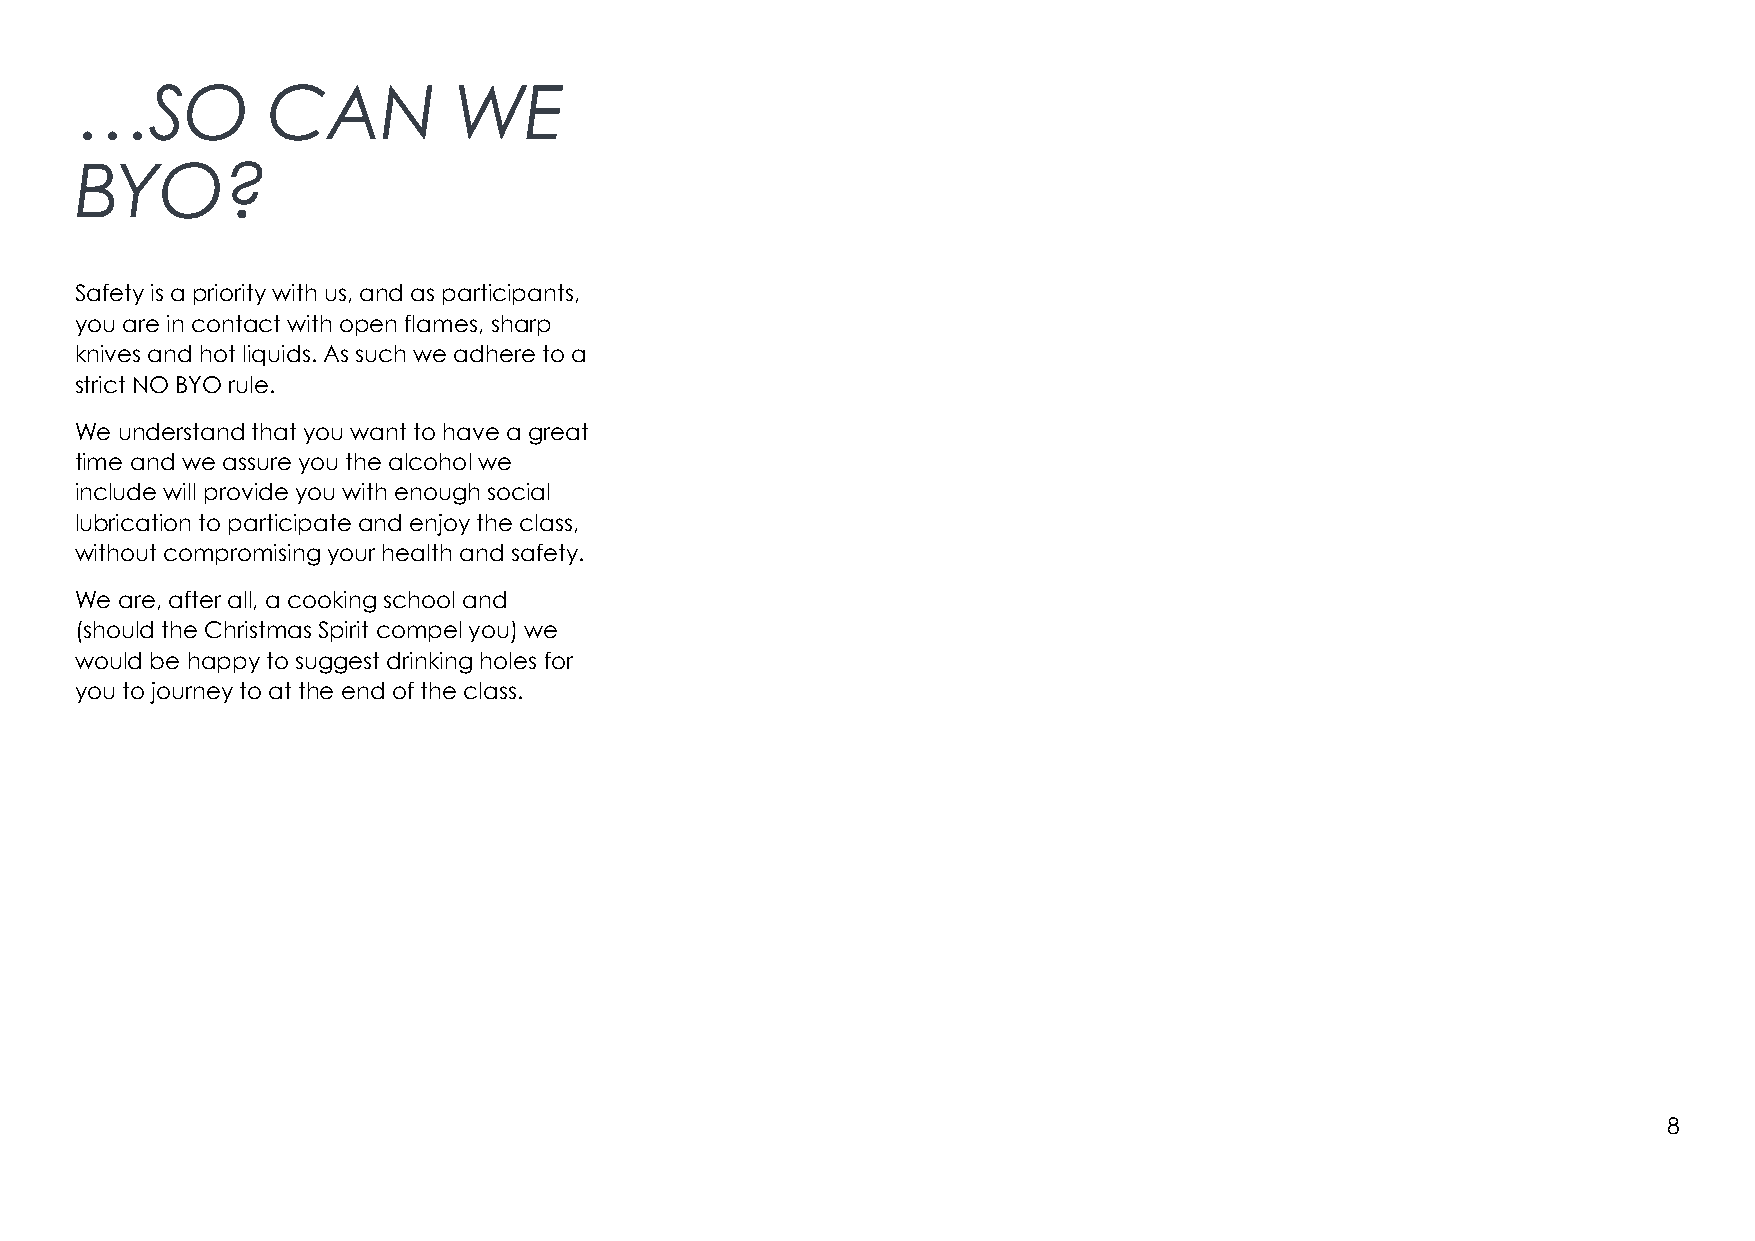
…SO          CAN         WE
 BYO?
 Safety is a priority with us, and as participants,
 you are in contact with open flames, sharp
 knives and hot liquids. As such we adhere to a
 strict NO BYO rule.
 We understand that you want to have a great
 time and we assure you the alcohol we
 include will provide you with enough social
 lubrication to participate and enjoy the class,
 without compromising your health and safety.
 We are, after all, a cooking school and
 (should the Christmas Spirit compel you) we
 would be happy to suggest drinking holes for
 you to journey to at the end of the class.
 8